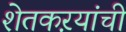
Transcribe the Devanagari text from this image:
शेतकऱयांची